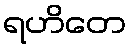
ရဟိတေ